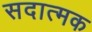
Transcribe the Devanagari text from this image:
सदात्मक